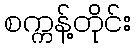
စက္ကန့်တိုင်း